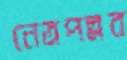
নেত্রপল্লব